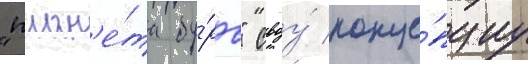
"план'е́та бу́рь" своу́ конце́пциу